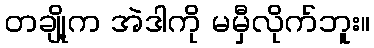
တချို့က အဲဒါကို မမှီလိုက်ဘူး။